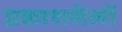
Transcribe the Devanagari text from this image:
प्रकाशसेलों